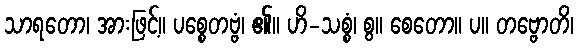
သာရတော၊ အားဖြင့်။ ပစ္စေတဗ္ဗံ၊ ၏။ ဟိ-သစ္စံ၊ စွ။ စေတော။ ပ။ တဗ္ဗောတိ၊